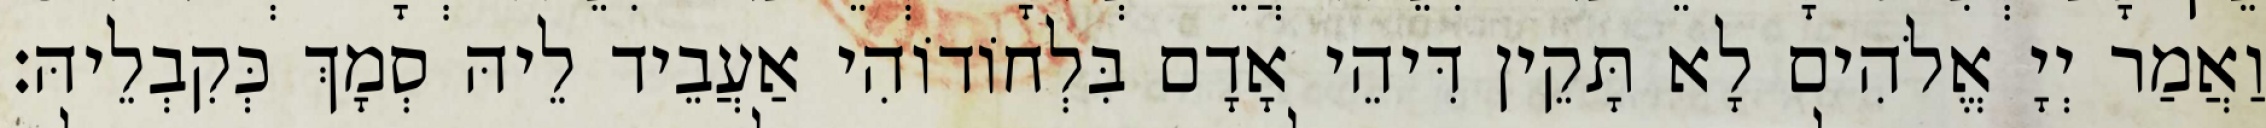
וַאֲמַר יְיָ אֱלֹהִים לָא תָּקֵין דִּיהֵי אָדָם בִּלְחוֹדוֹהִי אַעֲבֵיד לֵיהּ סְמָךְ כְּקִבְלֵיהּ׃